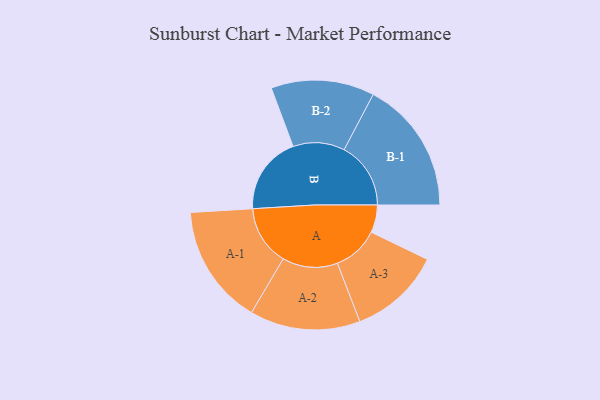
{"axis": {"x": "Segment", "y": "Value"}, "legend": ["", "A", "B"], "data": [{"x": "A", "y": 116, "type": ""}, {"x": "B", "y": 328, "type": ""}, {"x": "A-1", "y": 252, "type": "A"}, {"x": "A-2", "y": 232, "type": "A"}, {"x": "A-3", "y": 194, "type": "A"}, {"x": "B-1", "y": 280, "type": "B"}, {"x": "B-2", "y": 217, "type": "B"}]}